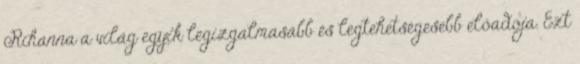
Rihanna a világ egyik legizgalmasabb és legtehetségesebb előadója. Ezt